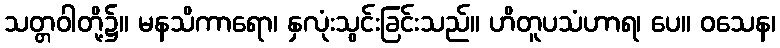
သတ္တဝါတို့၌။ မနသိကာရော၊ နှလုံးသွင်းခြင်းသည်။ ဟိတူပသံဟာရ၊ ပေ။ ဝသေန၊